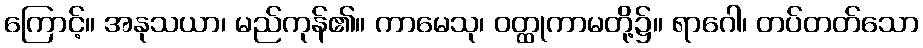
ကြောင့်။ အနုသယာ၊ မည်ကုန်၏။ ကာမေသု၊ ဝတ္ထုကာမတို့၌။ ရာဂေါ၊ တပ်တတ်သော